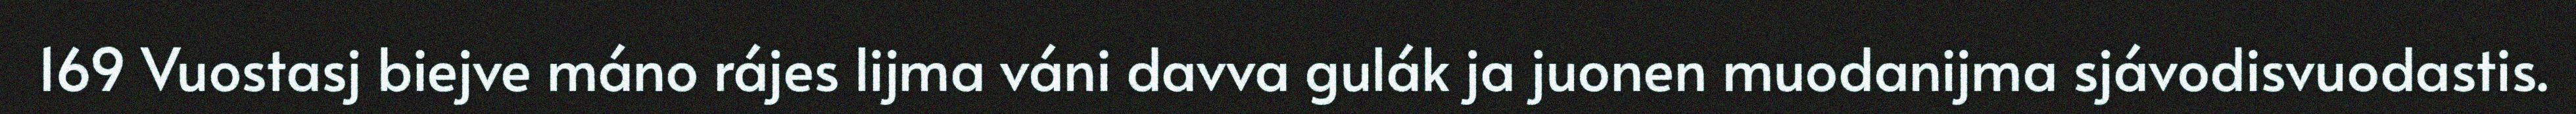
169 Vuostasj biejve máno rájes lijma váni davva gulák ja juonen muodanijma sjávodisvuodastis.